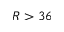
R > 3 6